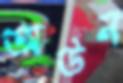
অউন